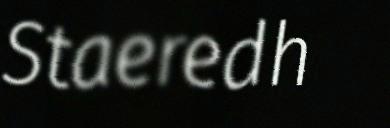
Staeredh